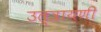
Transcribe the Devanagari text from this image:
उत्त्रायणी